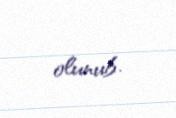
olunub.